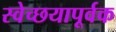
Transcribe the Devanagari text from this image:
स्वेच्छयापूर्वक